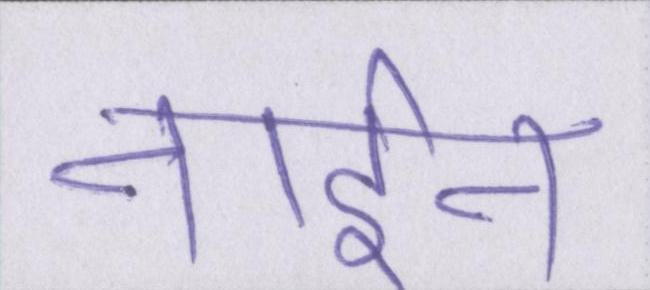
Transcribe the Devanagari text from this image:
नाईन